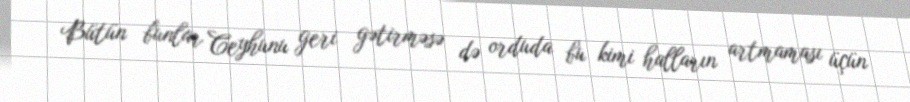
Bütün bunlar Ceyhunu geri gətirməsə də orduda bu kimi halların artmaması üçün